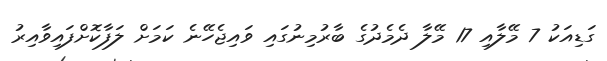
ގަޑިއަކު 7 މޭލާއި 17 މޭލާ ދެމެދުގެ ބާރުމިނުގައި ވައިޖެހޭނެ ކަމަށް ލަފާކޮށްފައިވާއިރު